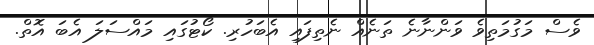
ވެސް މަގުމަތިވެ ވަންނާނެ ތަނެއް ނެތިފައި އެބަހުރި. ކޯޓުގައި މައްސަލަ އެބަ އޮތް.